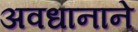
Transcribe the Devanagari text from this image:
अवधानाने